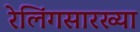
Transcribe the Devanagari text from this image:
रेलिंगसारख्या